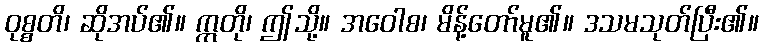
ဝုစ္စတိ၊ ဆိုအပ်၏။ ဣတို၊ ဤသို့။ အဝေါစ၊ မိန့်တော်မူ၏။ ဒသမသုတ်ပြီး၏။